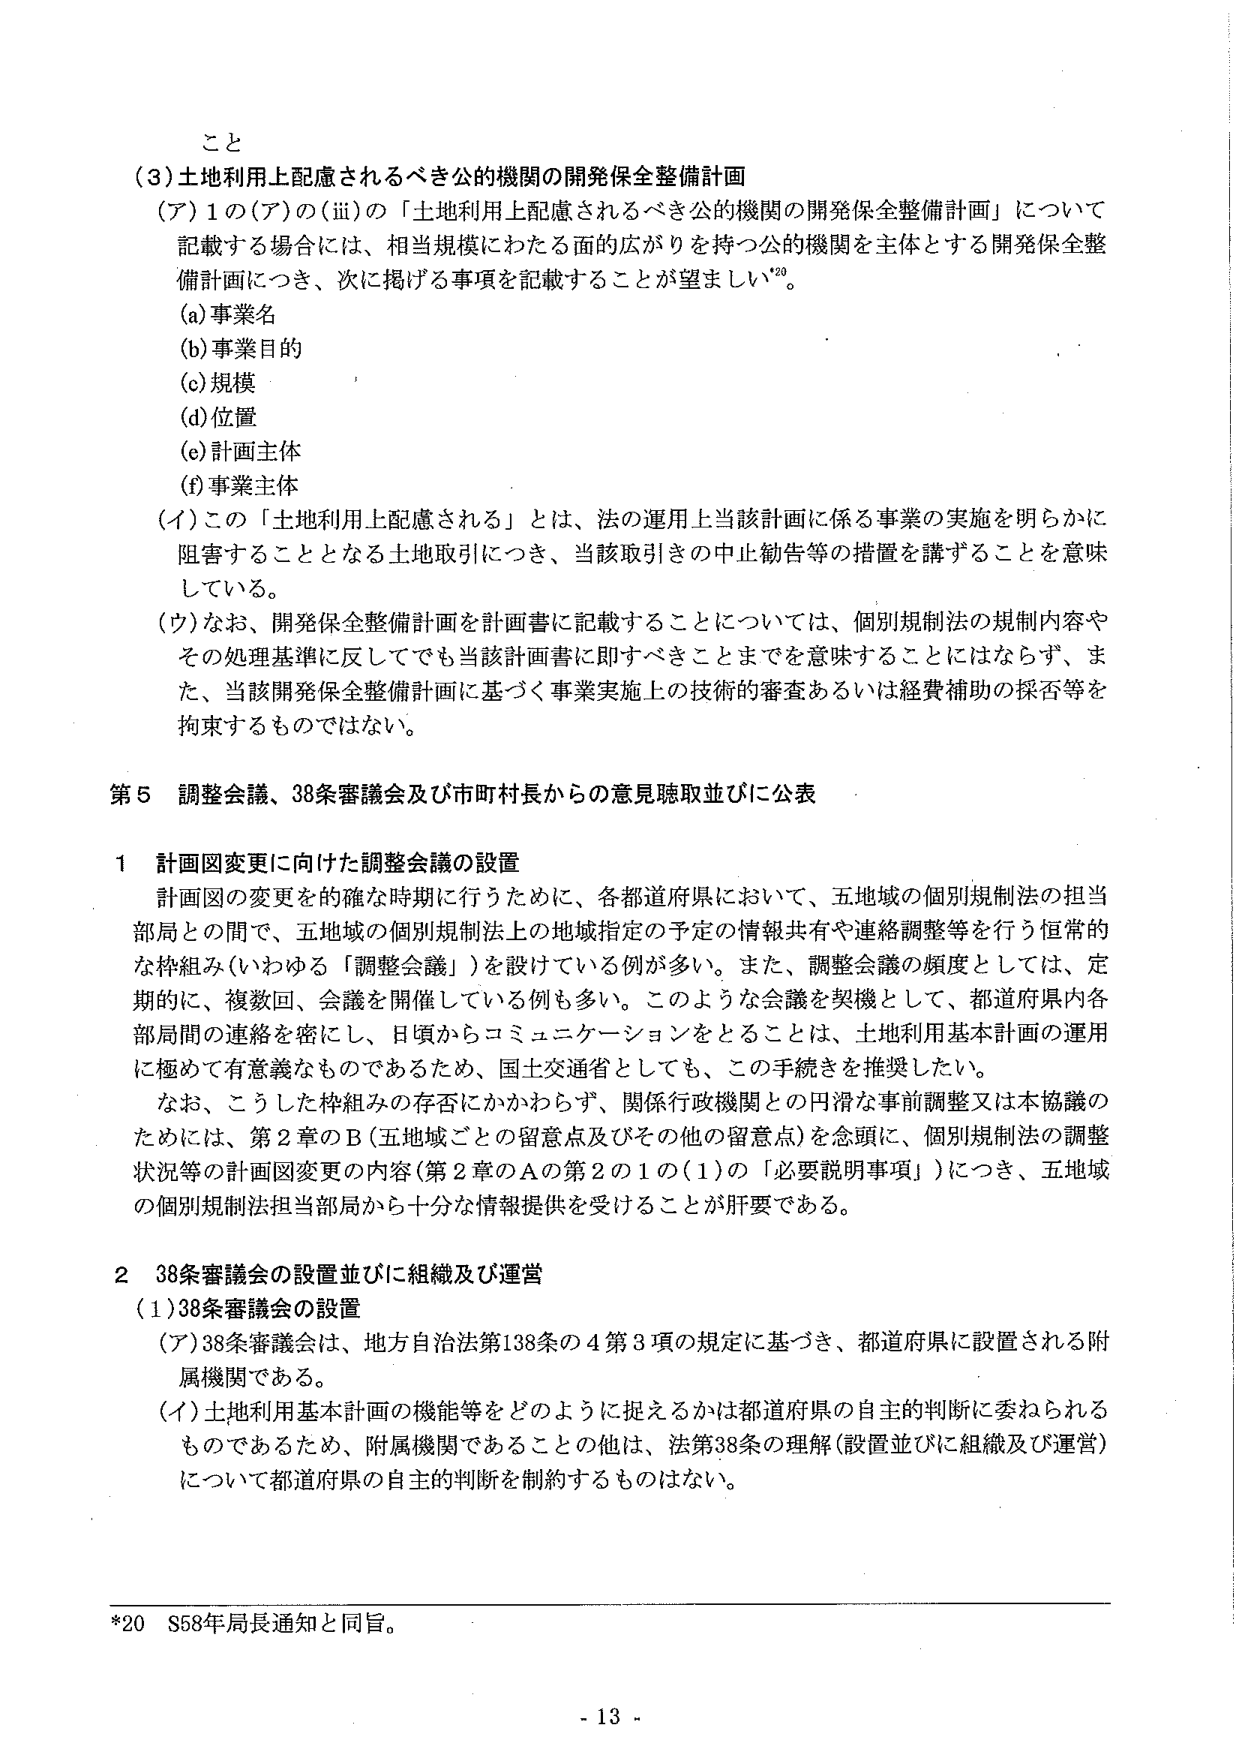
こと
(3) 土地利用上配慮されるべき公的機関の開発保全整備計画
(ア) 1 の (ア) の (iii) の「土地利用上配慮されるべき公的機関の開発保全整備計画」について記載する場合には、相当規模にわたる面的広がりを持つ公的機関を主体とする開発保全整備計画につき、次に掲げる事項を記載することが望ましい。
(a) 事業名
(b) 事業目的
(c) 規模
(d) 位置
(e) 計画主体
(f) 事業主体
(イ) この「土地利用上配慮される」とは、法の運用上当該計画に係る事業の実施を明らかに阻害することとなる土地取引につき、当該取引の中止勧告等の措置を講ずることを意味している。
(ウ) なお、開発保全整備計画を計画書に記載することについては、個別規制法の規制内容やその処理基準に反してでも当該計画書に即すべきことまでを意味することにはならず、また、当該開発保全整備計画に基づく事業実施上の技術的審査あるいは経費補助の採否等を拘束するものではない。

第5 調整会議、38条審議会及び市町村長からの意見聴取並びに公表

1 計画図変更に向けた調整会議の設置
計画図の変更を的確な時期に行うために、各都道府県において、五地域の個別規制法の担当部局との間で、五地域の個別規制法上の地域指定の予定の情報共有や連絡調整等を行う恒常的な枠組み（いわゆる「調整会議」）を設けている例が多い。また、調整会議の頻度としては、定期的に、複数回、会議を開催している例も多い。このような会議を契機として、都道府県内各部局間の連絡を密にし、日頃からコミュニケーションをとることは、土地利用基本計画の運用に極めて有意義なものであるため、国土交通省としても、この手続きを推奨したい。
なお、こうした枠組みの存否にかかわらず、関係行政機関との円滑な事前調整又は本協議のためには、第2章のB（五地域ごとの留意点及びその他の留意点）を念頭に、個別規制法の調整状況等の計画図変更の内容（第2章のAの第2の1の(1)の「必要説明事項」）につき、五地域の個別規制法担当部局から十分な情報提供を受けることが肝要である。

2 38条審議会の設置並びに組織及び運営
(1) 38条審議会の設置
(ア) 38条審議会は、地方自治法第138条の4第3項の規定に基づき、都道府県に設置される附属機関である。
(イ) 土地利用基本計画の機能等をどのように捉えるかは都道府県の自主的判断に委ねられるものであるため、附属機関であることの他は、法第38条の理解（設置並びに組織及び運営）について都道府県の自主的判断を制約するものはない。

*20 S58年局長通知と同旨。
- 13 -